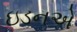
ઇડનએ